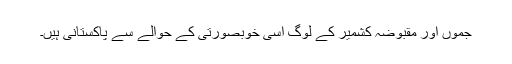
جموں اور مقبوضہ کشمیر کے لوگ اسی خوبصورتی کے حوالے سے پاکستانی ہیں۔